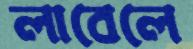
লাবেলে